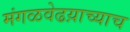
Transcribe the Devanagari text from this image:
मंगळवेढय़ाच्याच